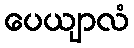
ပေယျာလံ